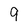
Character: 9